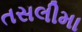
તસલીમા